Annual report on the working of the lock hospitals in the North-Western Provinces and Oudh
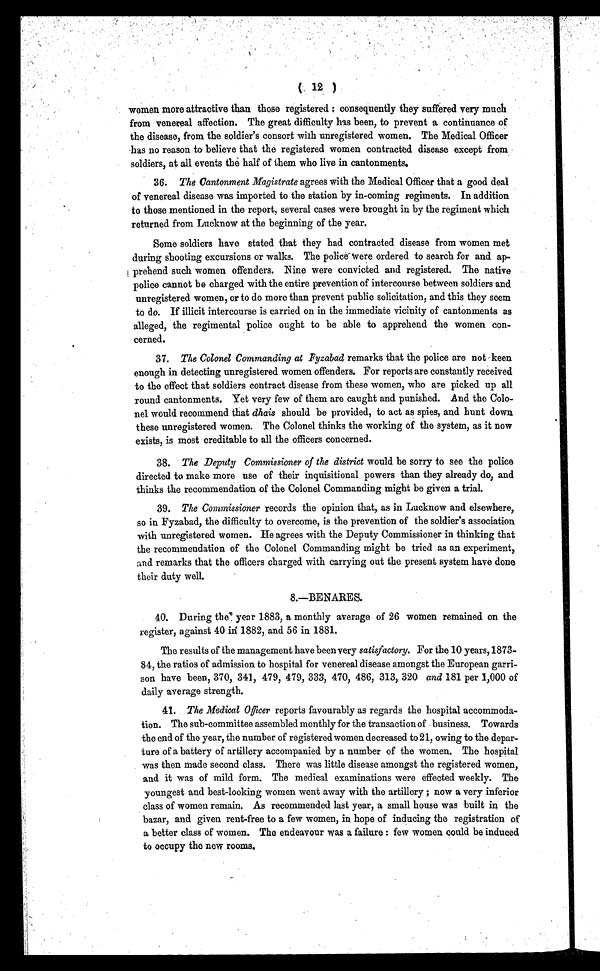
( 12 )
women more attractive than those registered : consequently they suffered very much
from venereal affection. The great difficulty has been, to prevent a continuance of
the disease, from the soldier's consort with unregistered women. The Medical Officer
has no reason to believe that the registered women contracted disease except from
soldiers, at all events the half of them who live in cantonments.
36. The Cantonment Magistrate agrees with the Medical Officer that a good deal
of venereal disease was imported to the station by in-coming regiments. In addition
to those mentioned in the report, several cases were brought in by the regiment which
returned from Lucknow at the beginning of the year.
Some soldiers have stated that they had contracted disease from women met
during shooting excursions or walks. The police were ordered to search for and ap-
prehend such women offenders. Nine were convicted and registered. The native
police cannot be charged with the entire prevention of intercourse between soldiers and
unregistered women, or to do more than prevent public solicitation, and this they seem
to do. If illicit intercourse is carried on in the immediate vicinity of cantonments as
alleged, the regimental police ought to be able to apprehend the women con-
cerned.
37. The Colonel Commanding at Fyzabad remarks that the police are not keen
enough in detecting unregistered women offenders. For reports are constantly received
to the effect that soldiers contract disease from these women, who are picked up all
round cantonments. Yet very few of them are caught and punished. And the Colo-
nel would recommend that dhais should be provided, to act as spies, and hunt down
these unregistered women. The Colonel thinks the working of the system, as it now
exists, is most creditable to all the officers concerned.
38. The Deputy Commissioner of the district would be sorry to see the police
directed to make more use of their inquisitional powers than they already do, and
thinks the recommendation of the Colonel Commanding might be given a trial.
39. The Commissioner records the opinion that, as in Lucknow and elsewhere,
so in Fyzabad, the difficulty to overcome, is the prevention of the soldier's association
with unregistered women. He agrees with the Deputy Commissioner in thinking that
the recommendation of the Colonel Commanding might be tried as an experiment,
and remarks that the officers charged with carrying out the present system have done
their duty well.
8.—BENARES.
40. During the year 1883, a monthly average of 26 women remained on the
register, against 40 in 1882, and 56 in 1881.
The results of the management have been very satisfactory. For the 10 years, 1873-
84, the ratios of admission to hospital for venereal disease amongst the European garri-
son have been, 370, 341, 479, 479, 333, 470, 486, 313, 320 and 181 per 1,000 of
daily average strength.
41. The Medical Officer reports favourably as regards the hospital accommoda-
tion. The sub-committee assembled monthly for the transaction of business. Towards
the end of the year, the number of registered women decreased to 21, owing to the depar-
ture of a battery of artillery accompanied by a number of the women. The hospital
was then made second class. There was little disease amongst the registered women,
and it was of mild form. The medical examinations were effected weekly. The
youngest and best-looking women went away with the artillery ; now a very inferior
class of women remain. As recommended last year, a small house was built in the
bazar, and given rent-free to a. few women, in hope of inducing the registration of
a better class of women. The endeavour was a failure : few women could be induced
to occupy the new rooms.